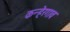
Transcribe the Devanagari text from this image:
कन्हेरगाव